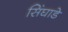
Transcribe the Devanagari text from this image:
सिंघाडे